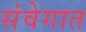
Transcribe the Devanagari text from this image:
संवेगात